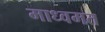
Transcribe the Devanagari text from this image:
माध्वमत